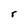
Character: r